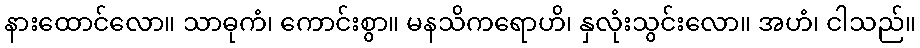
နားထောင်လော။ သာဓုကံ၊ ကောင်းစွာ။ မနသိကရောဟိ၊ နှလုံးသွင်းလော။ အဟံ၊ ငါသည်။